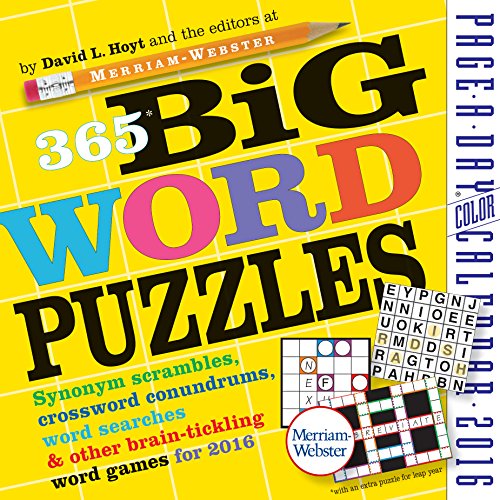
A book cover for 365 Big Word Puzzles Color Page-A-Day Calendar 2016; David L. Hoyt; Calendars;